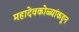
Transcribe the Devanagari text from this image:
महादेवकोळ्यांकडून